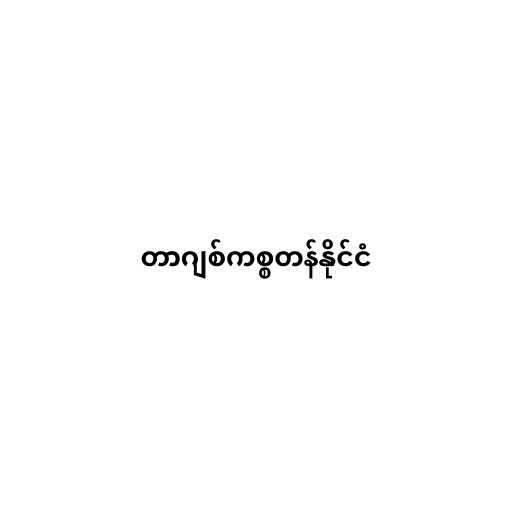
တာဂျစ်ကစ္စတန်နိုင်ငံ